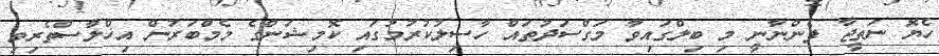
ހެޔޮ ނަތީޖާ ފެންނާނީ މި ބިލްގައިވާ މަގްސަދުތައް ހާސިލުކުރުމުގައި ކޮމިޝަންގެ މެމްބަރުން އިޚްލާސްތެރިވި